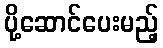
ပို့ဆောင်ပေးမည့်